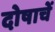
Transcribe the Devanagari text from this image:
दोषाचें